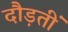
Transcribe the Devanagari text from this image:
दौड़तीं